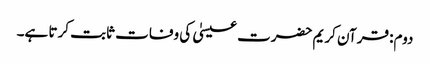
دوم: قرآن کریم حضرت عیسیٰ کی وفات ثابت کرتا ہے۔